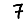
Digit: 7